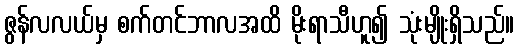
ဇွန်လလယ်မှ စက်တင်ဘာလအထိ မိုးရာသီဟူ၍ သုံးမျိုးရှိသည်။